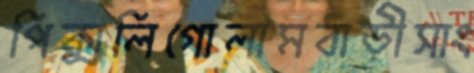
পিক্সলিগোলামবাড়ীসাং